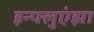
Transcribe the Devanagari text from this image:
इन्‍फ्लुएंझा